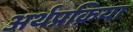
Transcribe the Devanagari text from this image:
अर्थप्रक्रिया